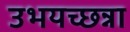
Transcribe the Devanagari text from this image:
उभयच्छन्ना